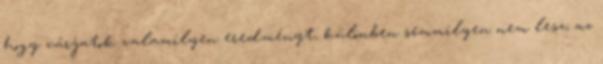
hogy várjatok valamilyen eredményt, különben semmilyen nem lesz; az